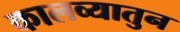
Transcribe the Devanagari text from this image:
कालव्यातुन